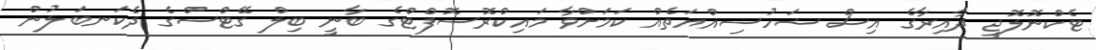
ޓެކްނޮލޮޖީ ދާއިރާގެ އިސް ޝަހުސިއްޔަތެއް ކަމަށްވާ މައިކްރޮސޮފްޓްގެ ބާނީ ބިލް ގޭޓްސްގެ ދެކަނބަލުން